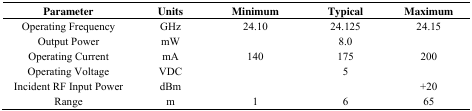
<table><thead><tr><td><b>Parameter</b></td><td><b>Units</b></td><td><b>Minimum</b></td><td><b>Typical</b></td><td><b>Maximum</b></td></tr></thead><tbody><tr><td>Operating Frequency</td><td>GHz</td><td>24.10</td><td>24.125</td><td>24.15</td></tr><tr><td>Output Power</td><td>mW</td><td></td><td>8.0</td><td></td></tr><tr><td>Operating Current</td><td>mA</td><td>140</td><td>175</td><td>200</td></tr><tr><td>Operating Voltage</td><td>VDC</td><td></td><td>5</td><td></td></tr><tr><td>Incident RF Input Power</td><td>dBm</td><td></td><td></td><td>+20</td></tr><tr><td>Range</td><td>m</td><td>1</td><td>6</td><td>65</td></tr></tbody></table>